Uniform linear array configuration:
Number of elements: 8
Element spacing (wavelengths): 0.5
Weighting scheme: cosine
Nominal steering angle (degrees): -15
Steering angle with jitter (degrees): -16.834
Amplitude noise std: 0.05
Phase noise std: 0.05

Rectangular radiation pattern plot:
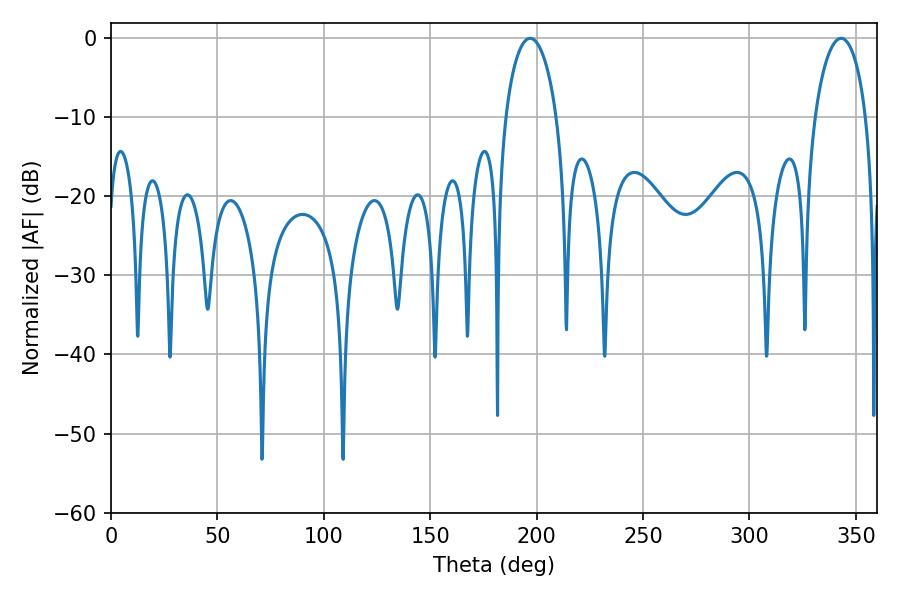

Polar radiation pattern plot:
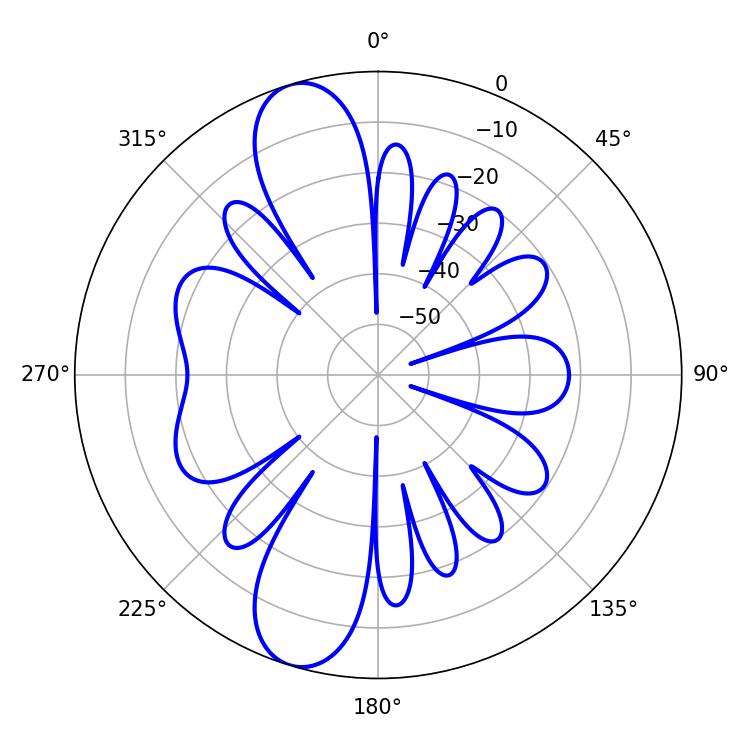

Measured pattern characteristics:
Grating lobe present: FALSE
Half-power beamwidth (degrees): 13.68
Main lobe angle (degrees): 196.92